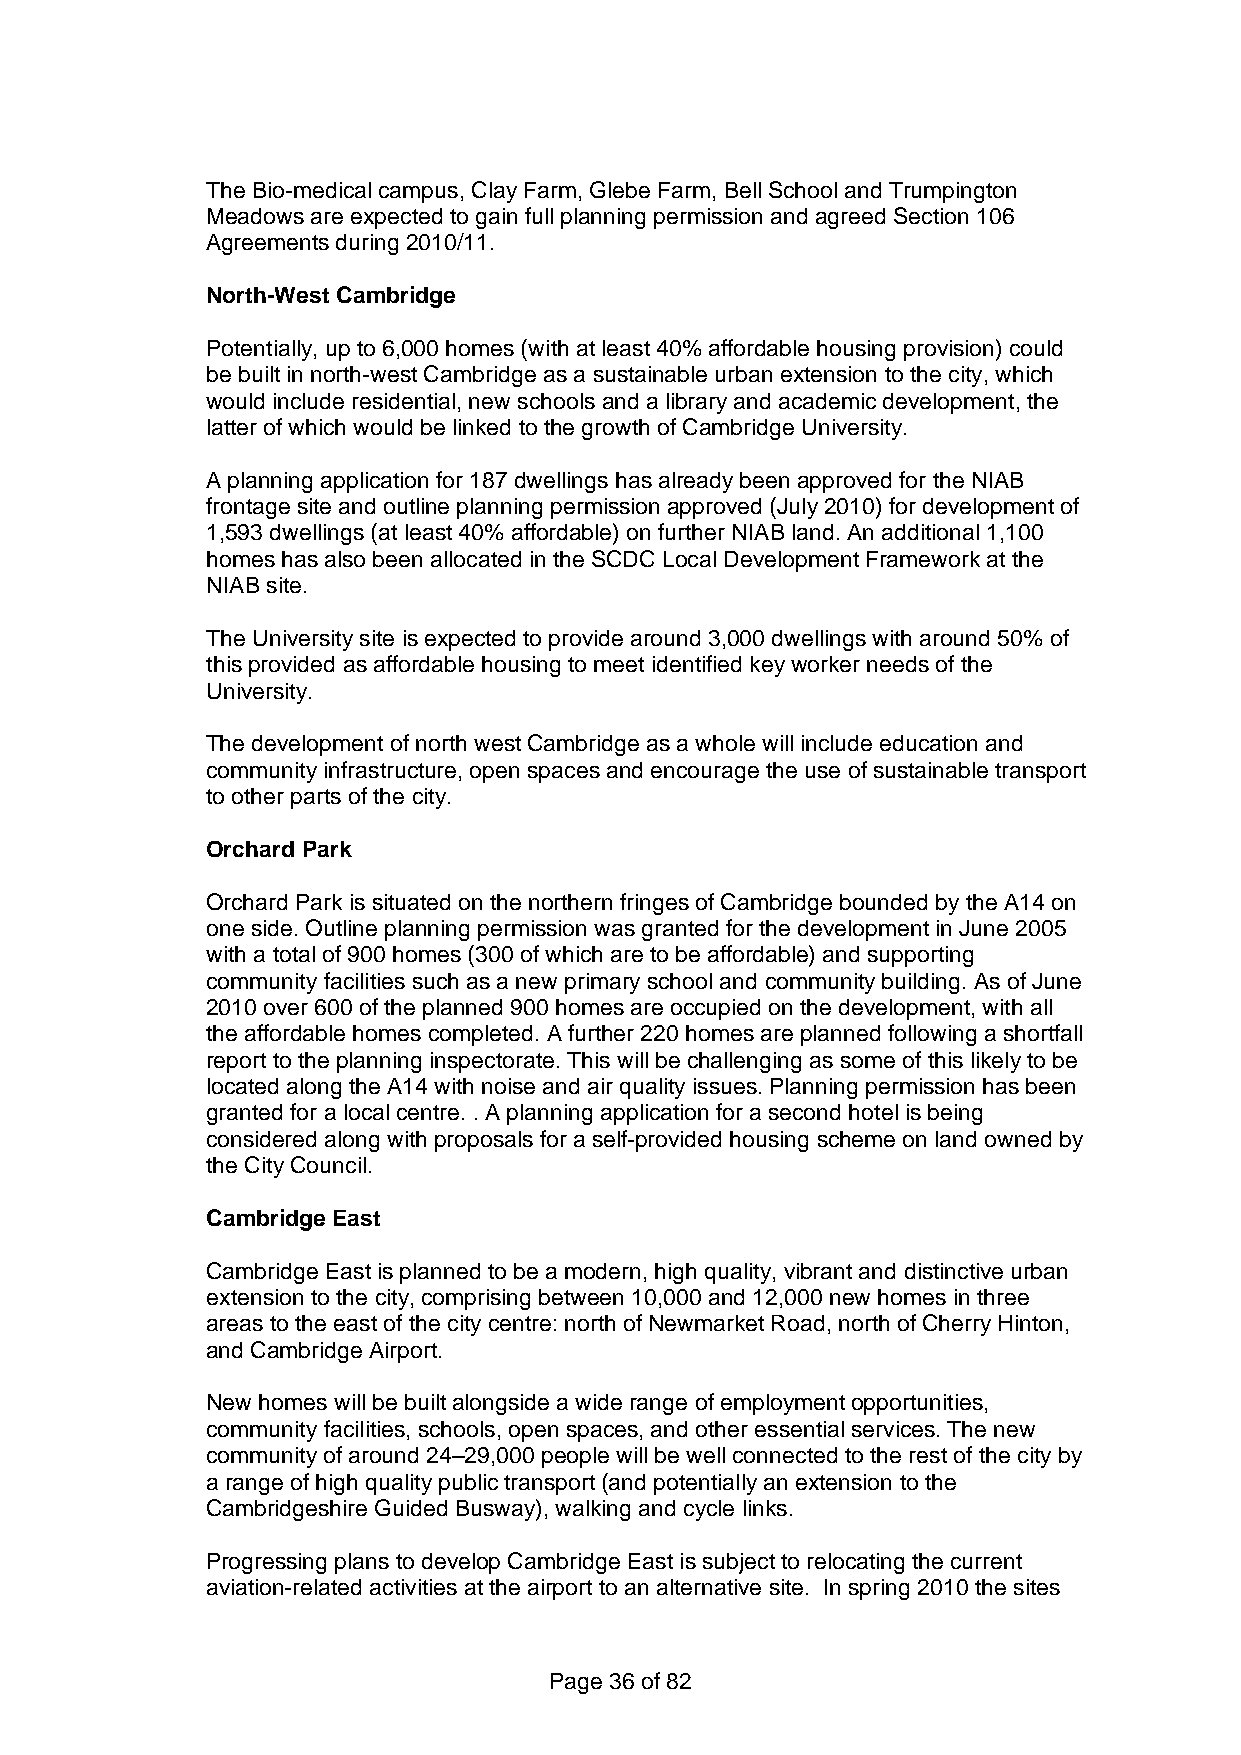
The Bio-medical campus, Clay Farm, Glebe Farm, Bell School and Trumpington
 Meadows are expected to gain full planning permission and agreed Section 106
 Agreements during 2010/11.
 North-West Cambridge
 Potentially, up to 6,000 homes (with at least 40% affordable housing provision) could
 be built in north-west Cambridge as a sustainable urban extension to the city, which
 would include residential, new schools and a library and academic development, the
 latter of which would be linked to the growth of Cambridge University.
 A planning application for 187 dwellings has already been approved for the NIAB
 frontage site and outline planning permission approved (July 2010) for development of
 1,593 dwellings (at least 40% affordable) on further NIAB land. An additional 1,100
 homes has also been allocated in the SCDC Local Development Framework at the
 NIAB site.
 The University site is expected to provide around 3,000 dwellings with around 50% of
 this provided as affordable housing to meet identified key worker needs of the
 University.
 The development of north west Cambridge as a whole will include education and
 community infrastructure, open spaces and encourage the use of sustainable transport
 to other parts of the city.
 Orchard Park
 Orchard Park is situated on the northern fringes of Cambridge bounded by the A14 on
 one side. Outline planning permission was granted for the development in June 2005
 with a total of 900 homes (300 of which are to be affordable) and supporting
 community facilities such as a new primary school and community building. As of June
 2010 over 600 of the planned 900 homes are occupied on the development, with all
 the affordable homes completed. A further 220 homes are planned following a shortfall
 report to the planning inspectorate. This will be challenging as some of this likely to be
 located along the A14 with noise and air quality issues. Planning permission has been
 granted for a local centre. . A planning application for a second hotel is being
 considered along with proposals for a self-provided housing scheme on land owned by
 the City Council.
 Cambridge East
 Cambridge East is planned to be a modern, high quality, vibrant and distinctive urban
 extension to the city, comprising between 10,000 and 12,000 new homes in three
 areas to the east of the city centre: north of Newmarket Road, north of Cherry Hinton,
 and Cambridge Airport.
 New homes will be built alongside a wide range of employment opportunities,
 community facilities, schools, open spaces, and other essential services. The new
 community of around 24–29,000 people will be well connected to the rest of the city by
 a range of high quality public transport (and potentially an extension to the
 Cambridgeshire Guided Busway), walking and cycle links.
 Progressing plans to develop Cambridge East is subject to relocating the current
 aviation-related activities at the airport to an alternative site. In spring 2010 the sites
 Page 36 of 82